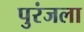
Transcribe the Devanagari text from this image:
पुरंजला